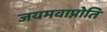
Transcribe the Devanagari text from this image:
जयमवाप्नोति